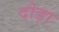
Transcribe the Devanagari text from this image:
दोड़ा